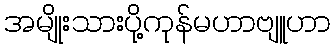
အမျိုးသားပို့ကုန်မဟာဗျူဟာ